Indian journal of veterinary science and animal husbandry - Volume 1,
Year: 1931
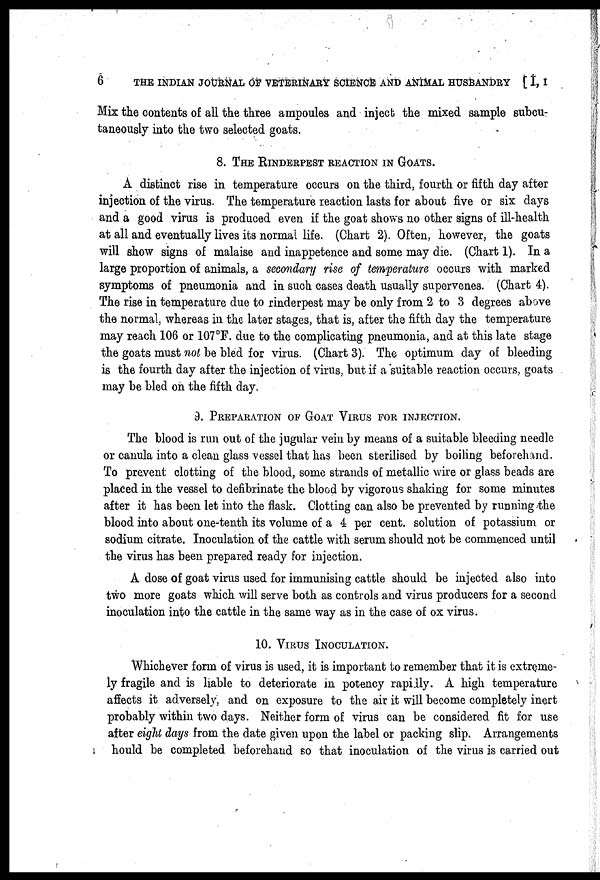
6
THE INDIAN JOURNAL OF VETERINARY SCIENCE AND ANIMAL HUSBANDRY [I, I
Mix the contents of all the three ampoules and inject the mixed sample subcu-
taneously into the two selected goats.
8. THE RINDERPEST REACTION IN GOATS.
A distinct rise in temperature occurs on the third, fourth or fifth day after
injection of the virus. The temperature reaction lasts for about five or six days
and a good virus is produced even if the goat shows no other signs of ill-health
at all and eventually lives its normal life. (Chart 2). Often, however, the goats
will show signs of malaise and inappetence and some may die. (Chart 1). In a
large proportion of animals, a secondary rise of temperature occurs with marked
symptoms of pneumonia and in such cases death usually supervenes. (Chart 4).
The rise in temperature due to rinderpest may be only from 2 to 3 degrees above
the normal, whereas in the later stages, that is, after the fifth day the temperature
may reach 106 or 107°F. due to the complicating pneumonia, and at this late stage
the goats must not be bled for virus. (Chart 3). The optimum day of bleeding
is the fourth day after the injection of virus, but if a suitable reaction occurs, goats
may be bled on the fifth day.
9. PREPARATION OF GOAT VIRUS FOR INJECTION.
The blood is run out of the jugular vein by means of a suitable bleeding needle
or canula into a clean glass vessel that has been sterilised by boiling beforehand.
To prevent clotting of the blood, some strands of metallic wire or glass beads are
placed in the vessel to defibrinate the blood by vigorous shaking for some minutes
after it has been let into the flask. Clotting can also be prevented by running the
blood into about one-tenth its volume of a 4 per cent. solution of potassium or
sodium citrate. Inoculation of the cattle with serum should not be commenced until
the virus has been prepared ready for injection.
A dose of goat virus used for immunising cattle should be injected also into
two more goats which will serve both as controls and virus producers for a second
inoculation into the cattle in the same way as in the case of ox virus.
10. VIRUS INOCULATION.
Whichever form of virus is used, it is important to remember that it is extreme-
ly fragile and is liable to deteriorate in potency rapidly. A high temperature
affects it adversely, and on exposure to the air it will become completely inert
probably within two days. Neither form of virus can be considered fit for use
after eight days from the date given upon the label or packing slip. Arrangements
hould be completed beforehand so that inoculation of the virus is carried out